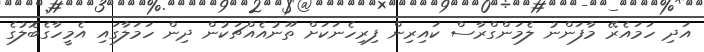
އަދި ހަމައެރޭ މާފަންނު ލެމަންގްރާސް ކައިރިން ފިރިހެނަކަށް ތޫނުއެއްޗަކުން ދިން ހަމަލާގައި އެމީހާގެބޮލުގެ